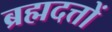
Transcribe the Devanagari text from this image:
ब्रह्मदत्तों